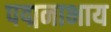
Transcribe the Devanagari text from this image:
पद्मनाभाय